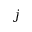
j